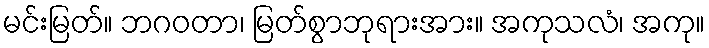
မင်းမြတ်။ ဘဂဝတာ၊ မြတ်စွာဘုရားအား။ အကုသလံ၊ အကု။